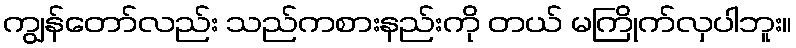
ကျွန်တော်လည်း သည်ကစားနည်းကို တယ် မကြိုက်လှပါဘူး။